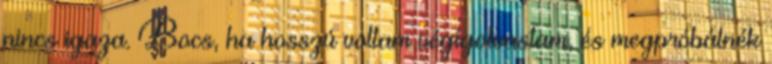
nincs igaza. Bocs, ha hosszú voltam végigolvastam, és megpróbálnék